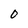
Character: O